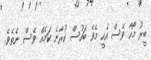
ބީރު މޯހާ ވެސް އެހީ މެވެ ބަހުސް ކުރާނެ ކަމެއް ވެސް ނެތެވެ.